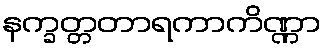
နက္ခတ္တတာရကာကိဏ္ဏာ